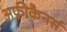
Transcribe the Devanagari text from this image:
अफ़्रीकैनर्स